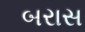
બરાસ